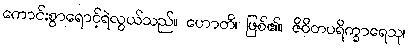
ကောင်းစွာရောင့်ရဲလွယ်သည်။ ဟောတိ၊ ဖြစ်၏။ ဇိဝိတပရိက္ခာရေသု၊